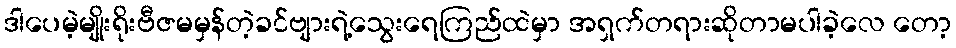
ဒါပေမဲ့မျိုးရိုးဗီဇမမှန်တဲ့ခင်ဗျားရဲ့သွေးရေကြည်ထဲမှာ အရှက်တရားဆိုတာမပါခဲ့လေ တော့